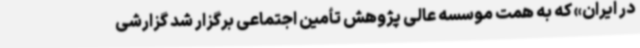
در ایران» که به همت موسسه عالی پژوهش تأمین اجتماعی برگزار شد گزارشی